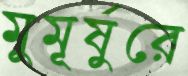
মুমূর্ষুরে